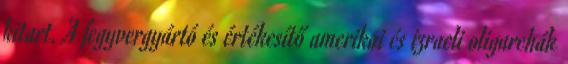
kitart. A fegyvergyártó és értékesítő amerikai és izraeli oligarchák